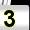
Digit: 3